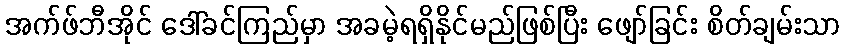
အက်ဖ်ဘီအိုင် ဒေါ်ခင်ကြည်မှာ အခမဲ့ရရှိနိုင်မည်ဖြစ်ပြီး ဖျော်ခြင်း စိတ်ချမ်းသာ